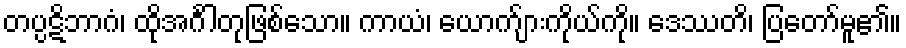
တပ္ပဋိဘာဂံ၊ ထိုအင်္ဂါတုဖြစ်သော။ ကာယံ၊ ယောက်ျားကိုယ်ကို။ ဒေဿတိ၊ ပြတော်မူ၏။